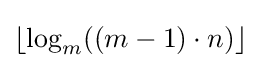
{\textstyle \lfloor \log _{m}((m-1)\cdot n)\rfloor }